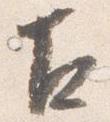
古